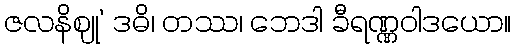
ဇလနိဈု’ ဒဓိ၊ တဿ၊ ဘေဒါ ခီရဏ္ဏဝါဒယော။